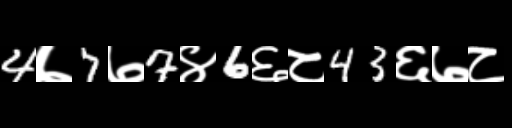
Text: 4७7७7४6६८43६७८